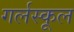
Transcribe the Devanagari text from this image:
गर्लस्कूल